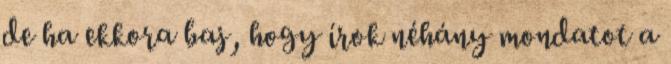
de ha ekkora baj, hogy írok néhány mondatot a